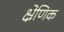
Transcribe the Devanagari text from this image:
क्ष्रेणिक